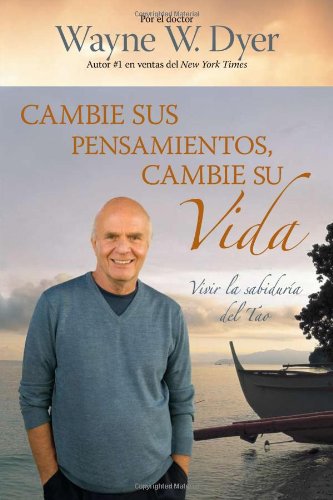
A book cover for Cambie Sus Pensamientos y Cambie Su Vida: Viva la sabiduria del Tao (Spanish Edition); Dr. Wayne W. Dyer; Self-Help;